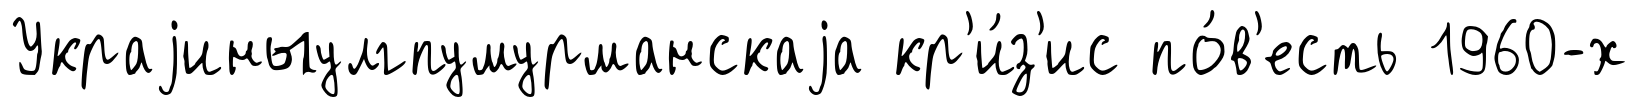
Украjиныулгпумурманскаjа кр'и́з'ис по́в'есть 1960-х